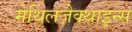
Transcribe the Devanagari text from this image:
मेथिलज़ैक्थाइन्स